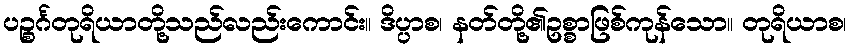
ပဉ္စင်္ဂတုရိယာတို့သည်လည်းကောင်း။ ဒိပ္ပာစ၊ နတ်တို့၏ဥစ္စာဖြစ်ကုန်သော။ တုရိယာစ၊